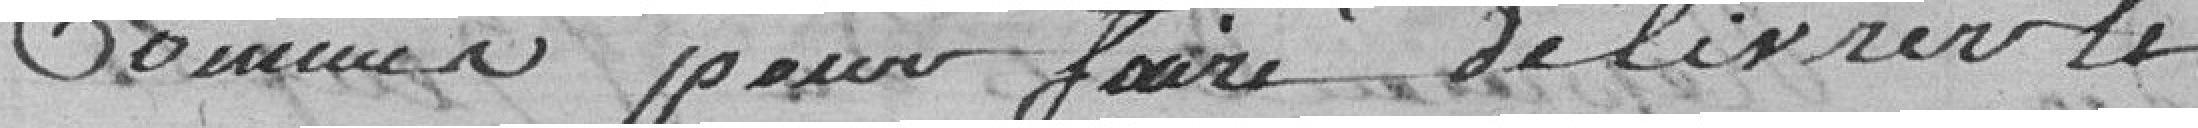
Commis pour faire délivrer le